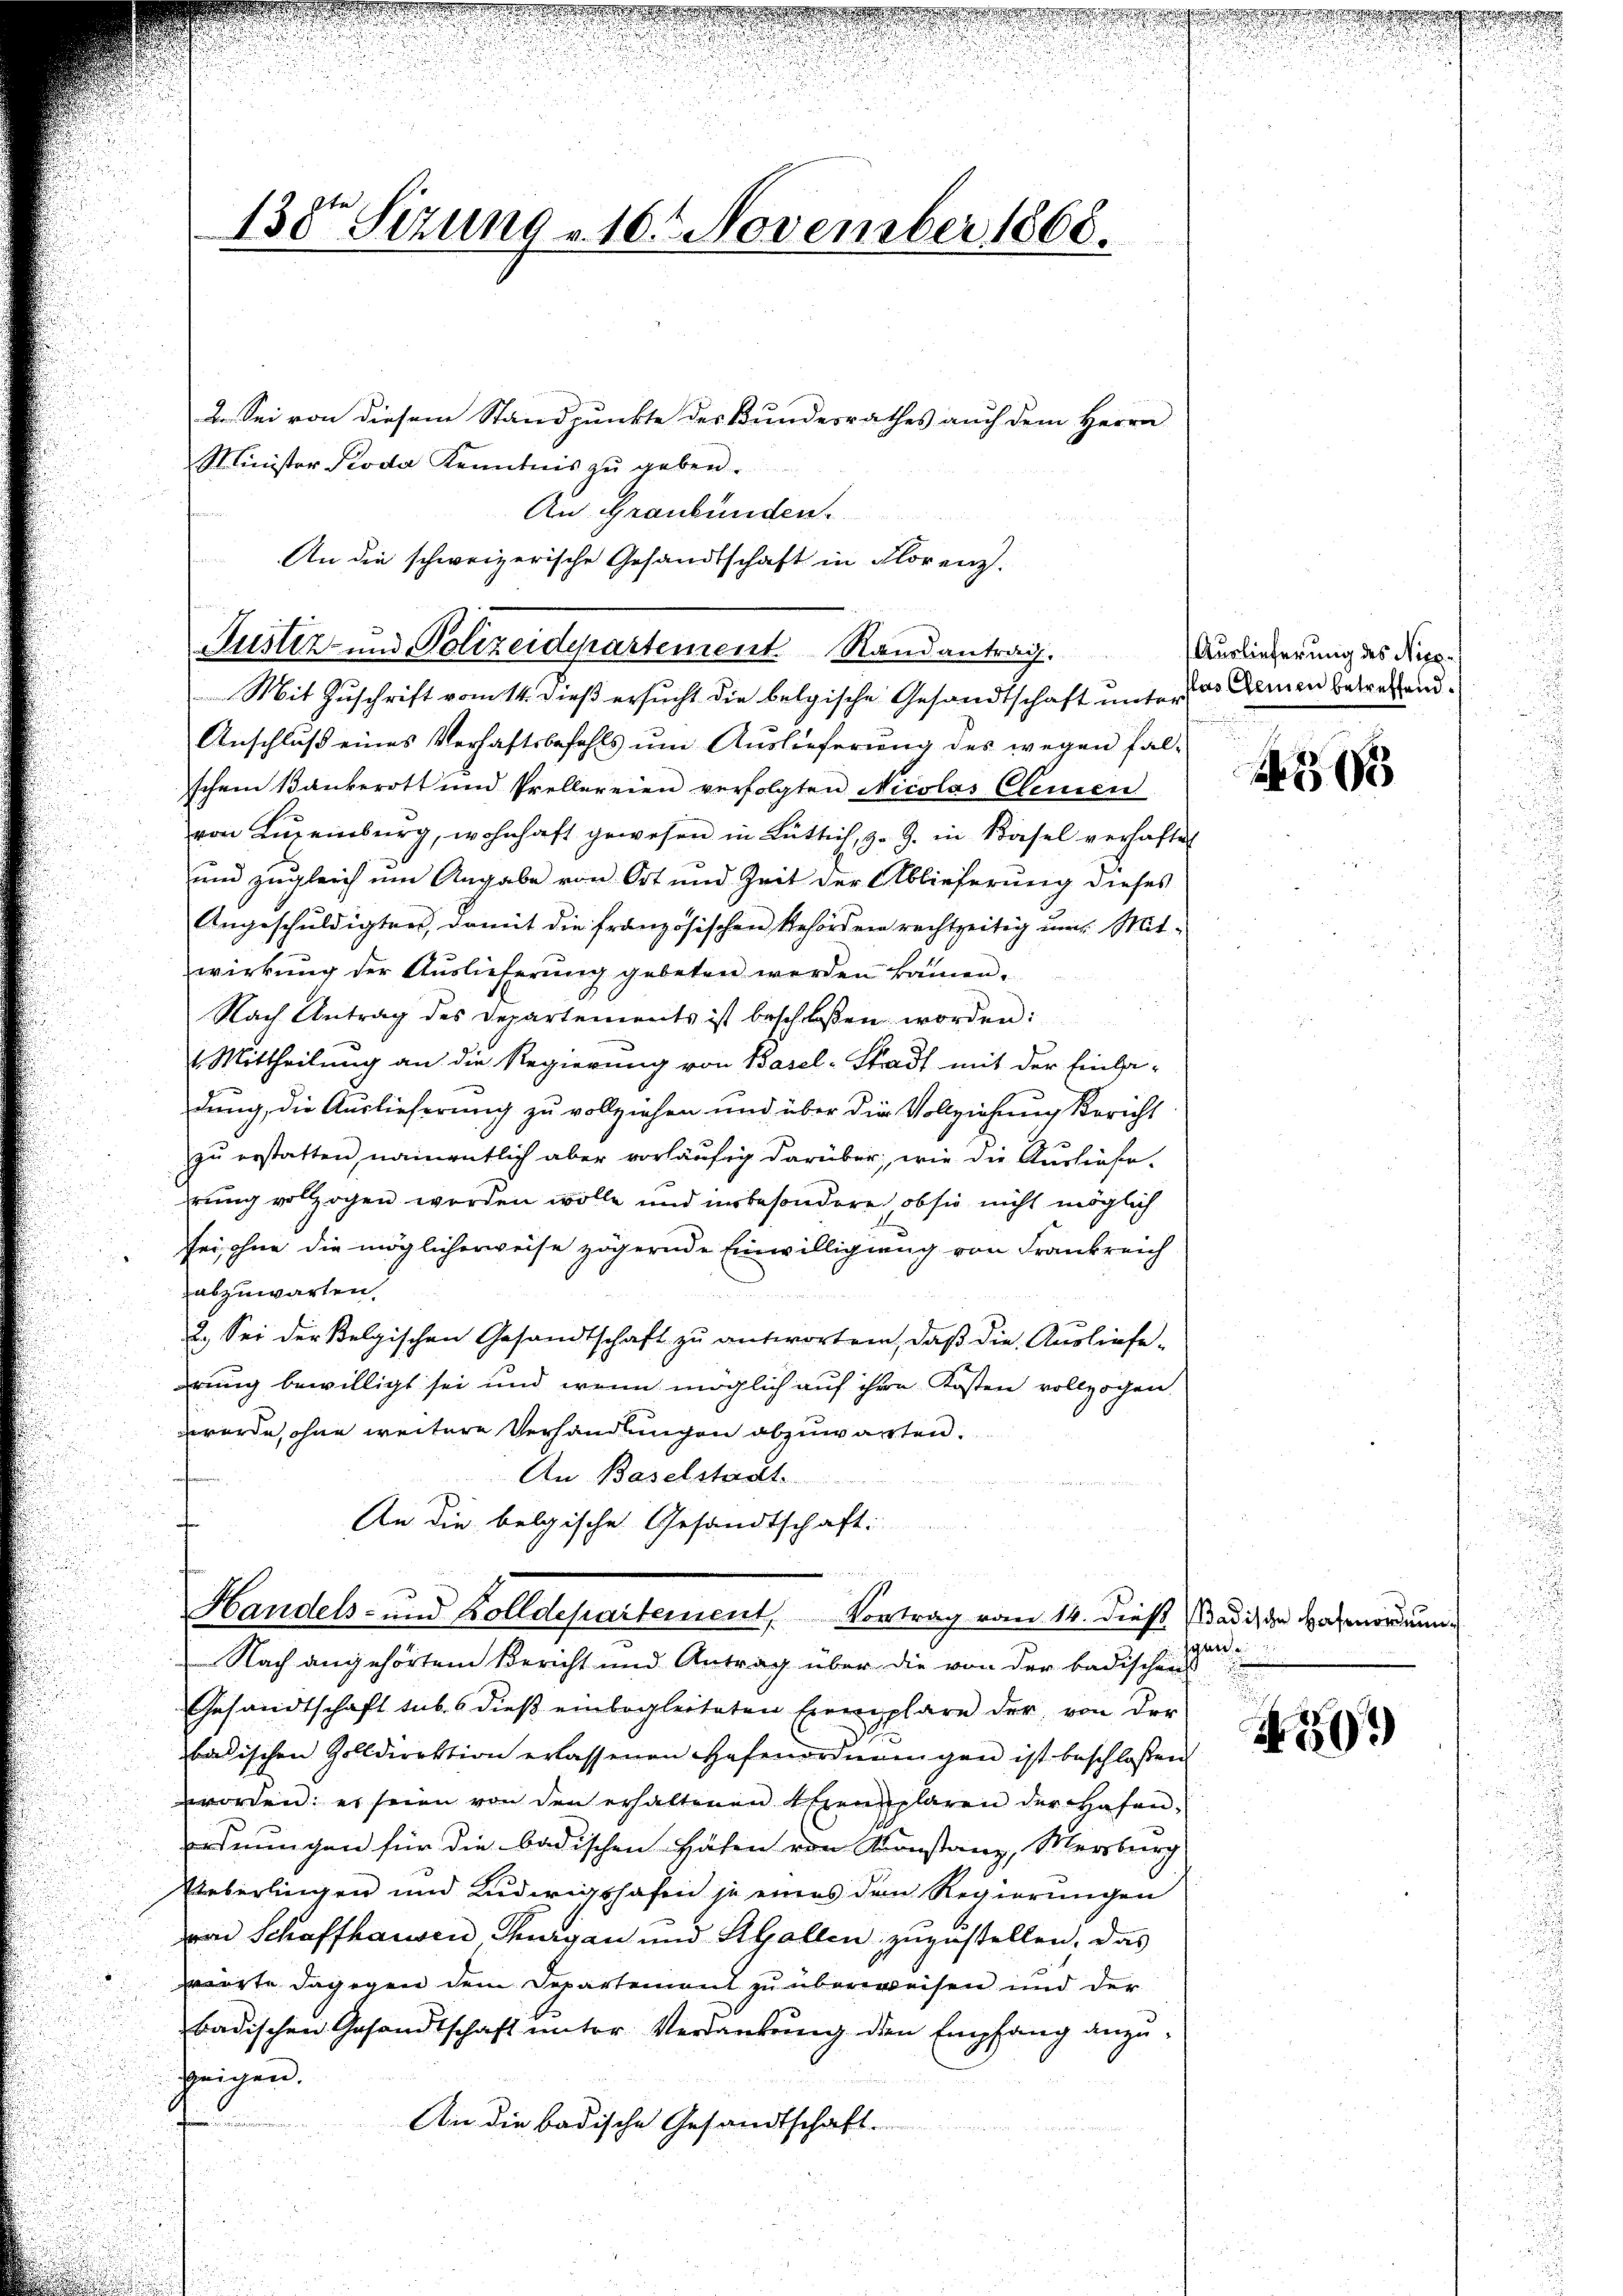
130 Sizung v. 10. November 1868.

Justiz- und Polizeidepartement. Randantrag.

2. Sei von diesem Standpunkte des Bundesrathes auch dem Herrn
Minister Koda Kenntnis zŭ geben.
An Graubünden.
An die schweizerische Gesandtschaft in Florenz.
Mit Zuschrift vom 14. dieß ersucht die belgische Gesandtschaft unter das Armen betreffend
Anschlŭβ eines Verhaftsbefehls ŭm Aŭslieferŭng des wegen fal-
schem Bankerott und Prellereien verfolgten Nicolas Clemen
von Lŭzeiburg, wohnhaft gewesen in Lüttich, z. Z. in Käsel verhaftet
und zugleich um Angabe von Ort und Zeit der Ablieferung dieses
Angeschuldigten, damit die französischen Behörden rechtzeitig um Mit-
wirkung der Auslieferŭng gebeten werden kämen.
Nach Antrag des Departements ist beschloßen worden:
1 Mittheilung an die Regierung von Basel-Stadt mit der Einla-
dung, die Auslieferung zu vollziehen und über die Vollziehung Bericht
zu erstatten, namentlich aber vorläufig darüber, wie die Ausliefe.
rung vollzogen worden wolle und unbesondere, ob sie nicht möglich
sei, ohne die möglicherweise zögernde Einwilligung von Frankreich
abzuwarten.
2.) Sei der Belgischen Gesandtschaft zu antworten, daß die Ausliefe-
rung bewilligt sei und wenn möglich auf ihre Kosten vollzogen.
werde, ohne weitere Verhandungen abzuwarten.
An Baselstadt.
ofen
An die belgische Gesandtschaft:
Handels- und Zolldepartement, Vortrag vom 14. dieß Kadiz der Harmordnun¬
Nach angehörtem Bericht und Antrag über die von der badischens
Gesandtschaft sub. 6 dieß einbegleiteten Exemplare der von der
badischen Zolldirektion erlassenen Hafenordnungen ist beschloßen
worden: es seien von den erhaltenen Exzenplaren der Hafenordnungen für die badischen Häfen von Konstanz, Mersburg
Ueberlingen und Ludwigshafen je eines den Regierungen
von Schaffhausen Thurgau und Kollen zuzustellen, das
wörte dagegen dem Departement zu überweisen und der
badischen Gesandtschaft unter Verdankung den Empfang anzuzeigen.
n
An die badische Gesandtschaft

a

Auslieferung des Nie¬

0

sgleite

503